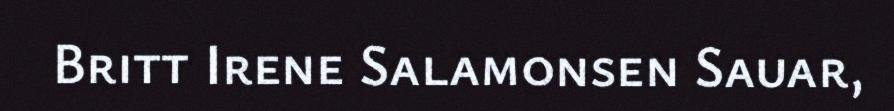
Britt Irene Salamonsen Sauar,